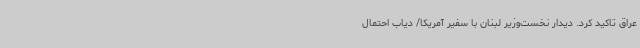
عراق تاکید کرد. دیدار نخست‌وزیر لبنان با سفیر آمریکا/ دیاب احتمال